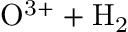
\mathrm { O ^ { 3 + } + H _ { 2 } }